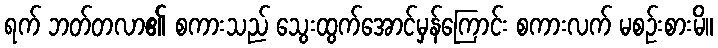
ရက် ဘတ်တလာ၏ စကားသည် သွေးထွက်အောင်မှန်ကြောင်း စကားလက် မစဉ်းစားမိ။